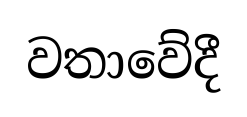
වතාවේදී